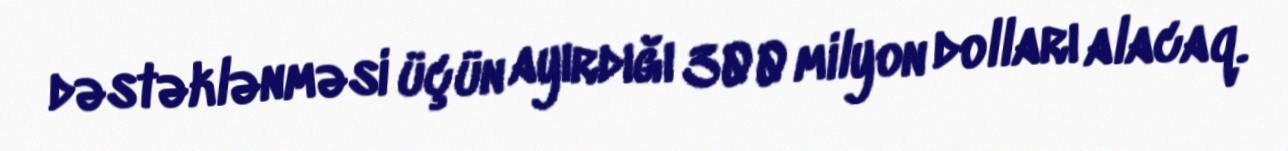
dəstəklənməsi üçün ayırdığı 300 milyon dolları alacaq.